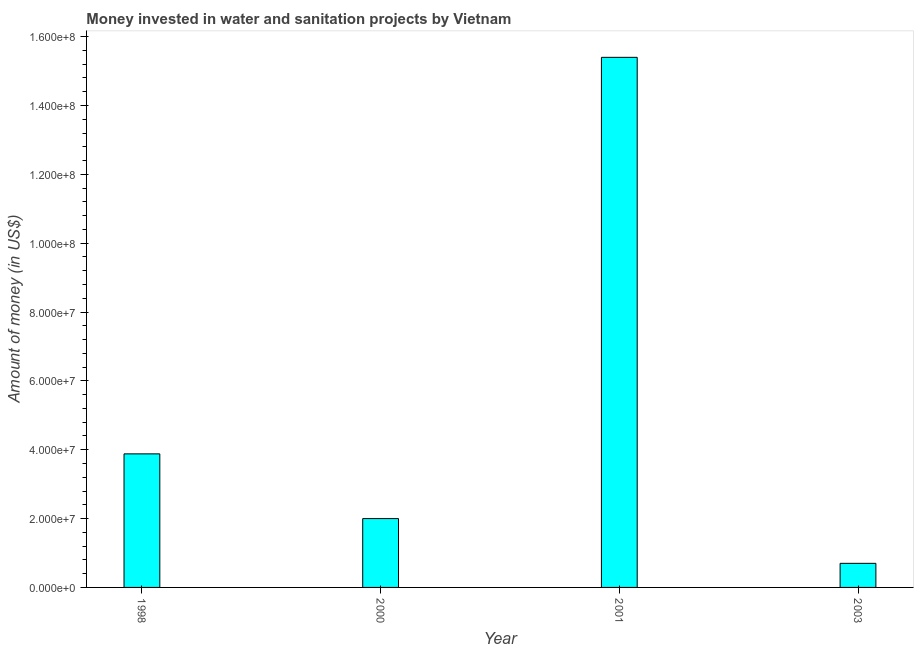
| Year | Investment |
 | --- | --- |
 | 1998 | 3.88e+07 |
 | 2000 | 2e+07 |
 | 2001 | 1.54e+08 |
 | 2003 | 7e+06 |